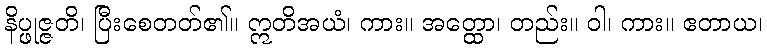
နိပ္ဖုဇ္ဇတိ၊ ပြီးစေတတ်၏။ ဣတိအယံ၊ ကား။ အတ္ထော၊ တည်း။ ဝါ၊ ကား။ ဧတာယ၊